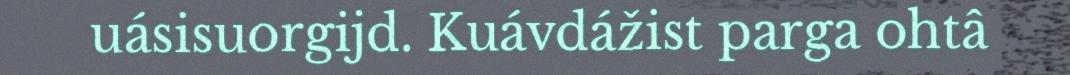
uásisuorgijd. Kuávdážist parga ohtâ